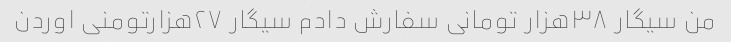
من سیگار ۳۸هزار تومانی سفارش دادم سیگار ۲۷هزارتومنی اوردن